Civil Veterinary Dept. North-West Frontier Province 1901-22 - 1901-1922
Year: 1901
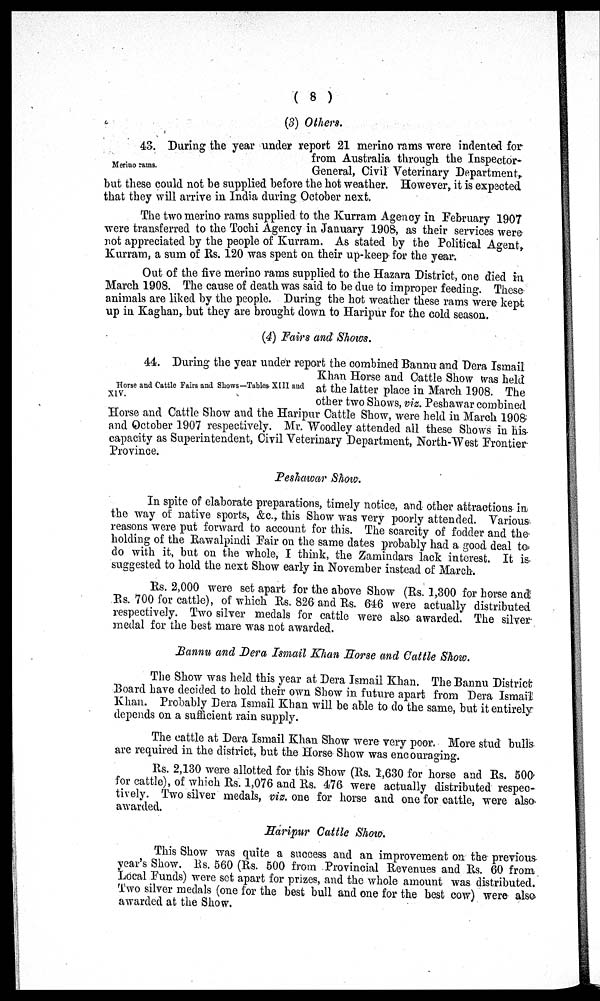
(8)
(3) Others.
Merino rams.
43. During the year under report 21 merino rams were indented for
from Australia through the Inspector-
General, Civil Veterinary Department,
but these could not be supplied before the hot weather. However, it is expected
that they will arrive in India during. October next.
The two merino rams supplied to the Kurram Agency in February 1907
were transferred to the Tochi Agency in January 1908, as their services were
not appreciated by the people of Kurram. As stated by the Political Agent,
Kurram, a sum of Rs. 120 was spent on their up-keep for the year.
Out of the five merino rams supplied to the Hazara District, one died in
March 1908. The cause of death was said to be due to improper feeding. These
animals are liked by the people. During the hot weather these rams were kept
up in Kaghan, but they are brought down to Haripur for the cold season.
(4) Fairs and Shows.
Horse and Cattle Fairs and Shows—Tables XIII and
XIV.
44. During the year under report the combined Bannu and Dera Ismail
Khan Horse and Cattle Show was held
at the latter place in March 1908. The
other two Shows, viz. Peshawar combined
Horse and Cattle Show and the Haripur Cattle Show, were held in March 1908
and October 1907 respectively. Mr. Woodley attended all these Shows in his
capacity as Superintendent, Civil Veterinary Department, North-West Frontier
Province.
Peshawar Show.
In spite of elaborate preparations, timely notice, and other attractions in
the way of native sports, &c., this Show was very poorly attended. Various
reasons were put forward to account for this. The scarcity of fodder and the
holding of the Rawalpindi Fair on the same dates probably had a good deal to
do with it, but on the whole, I think, the Zamindars lack interest. It is
suggested to hold the next Show early in November instead of March.
Rs. 2,000 were set apart for the above Show (Rs. 1,300 for horse and
Rs. 700 for cattle), of which Rs. 826 and Rs. 646 were actually distributed
respectively. Two silver medals for cattle were also awarded. The silver
medal for the best mare was not awarded.
Bannu and Dera Ismail Khan Horse and Cattle Show.
The Show was held this year at Dera Ismail Khan. The Bannu District
Board have decided to hold their own Show in future apart from Dera Ismail
Khan. Probably Dera Ismail Khan will be able to do the same, but it entirely
depends on a sufficient rain supply.
The cattle at Dera Ismail Khan Show were very poor. More stud bulls
are required in the district, but the Horse Show was encouraging.
Rs. 2,130 were allotted for this Show (Rs. 1,630 for horse and Rs. 500
for cattle), of which Rs. 1,076 and Rs. 476 were actually distributed respec-
tively. Two silver medals, viz. one for horse and one for cattle, were also
awarded.
Haripur Cattle Show.
This Show was quite a success and an improvement on the previous
year's Show. Rs. 560 (Rs. 500 from Provincial Revenues and Rs. 60 from
Local Funds) were set apart for prizes, and the whole amount was distributed.
Two silver medals (one for the best bull and one for the best cow) were also
awarded at the Show.